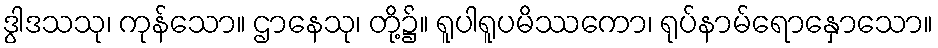
ဒွါဒသသု၊ ကုန်သော။ ဌာနေသု၊ တို့၌။ ရူပါရူပမိဿကော၊ ရုပ်နာမ်ရောနှောသော။